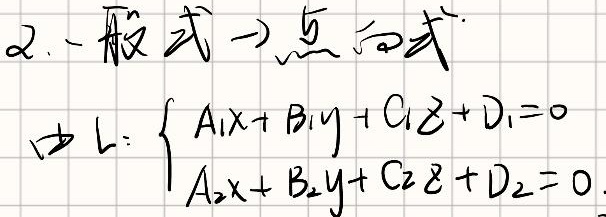
2. 一般式→点向式
由 \(L:\begin{cases}A_1x + B_1y + C_1z+ D_1 = 0\\A_2x + B_2y + C_2z + D_2 = 0\end{cases}\)